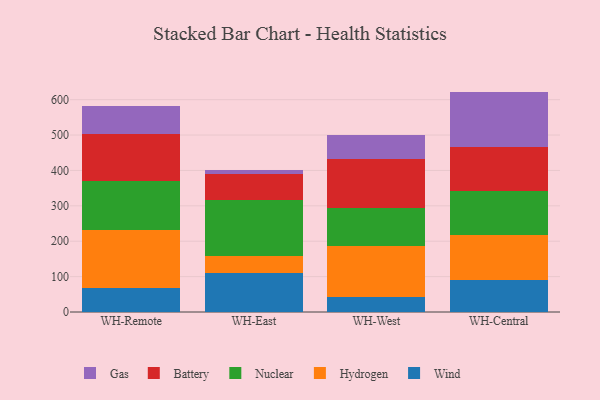
{"axis": {"x": "Warehouse", "y": "Humidity (%)"}, "legend": ["Battery", "Gas", "Hydrogen", "Nuclear", "Wind"], "data": [{"x": "WH-Remote", "y": 66.8, "type": "Wind"}, {"x": "WH-Remote", "y": 164.9, "type": "Hydrogen"}, {"x": "WH-Remote", "y": 138.3, "type": "Nuclear"}, {"x": "WH-Remote", "y": 131.7, "type": "Battery"}, {"x": "WH-Remote", "y": 80.6, "type": "Gas"}, {"x": "WH-East", "y": 110.7, "type": "Wind"}, {"x": "WH-East", "y": 47.3, "type": "Hydrogen"}, {"x": "WH-East", "y": 159.3, "type": "Nuclear"}, {"x": "WH-East", "y": 72.7, "type": "Battery"}, {"x": "WH-East", "y": 10.0, "type": "Gas"}, {"x": "WH-West", "y": 42.3, "type": "Wind"}, {"x": "WH-West", "y": 145.2, "type": "Hydrogen"}, {"x": "WH-West", "y": 107.6, "type": "Nuclear"}, {"x": "WH-West", "y": 136.3, "type": "Battery"}, {"x": "WH-West", "y": 70.1, "type": "Gas"}, {"x": "WH-Central", "y": 89.5, "type": "Wind"}, {"x": "WH-Central", "y": 127.3, "type": "Hydrogen"}, {"x": "WH-Central", "y": 125.1, "type": "Nuclear"}, {"x": "WH-Central", "y": 123.0, "type": "Battery"}, {"x": "WH-Central", "y": 157.9, "type": "Gas"}]}